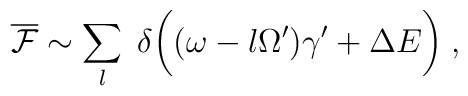
\overline{\cal F}\sim\sum_l\;  \delta \biggl((\omega -l\Omega ')\gamma '+\Delta E\biggr)\; ,